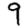
Digit: 9